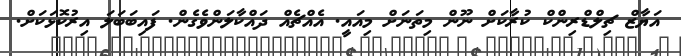
އަޔާޒް ޗިލްޑްރިންކް ކުރާކަށް ނޫން މިތަނަށް މިއައީ. އެއްޗެއް ދައްކާލަންވެގެން. ފައިބަބަލަ އިރުކޮޅަކަށް.